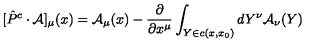
[ \hat { P } ^ { c } \cdot { \cal A } ] _ { \mu } ( x ) = { \cal A } _ { \mu } ( x ) - \frac { \partial } { \partial x ^ { \mu } } \int _ { Y \in c ( x , x _ { 0 } ) } d Y ^ { \nu } { \cal A } _ { \nu } ( Y )